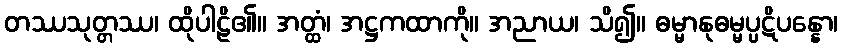
တဿသုတ္တဿ၊ ထိုပါဠိ၏။ အတ္ထံ၊ အဋ္ဌကထာကို။ အညာယ၊ သိ၍။ ဓမ္မာနုဓမ္မပ္ပဋိပန္နော၊